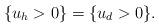
LaTeX: \begin{align*} \{u_h > 0\} = \{u_d > 0\}.\end{align*}